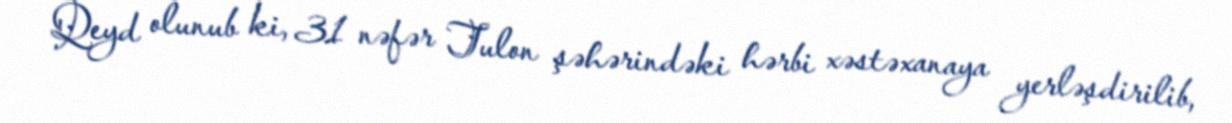
Qeyd olunub ki, 31 nəfər Tulon şəhərindəki hərbi xəstəxanaya yerləşdirilib,